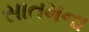
સાતમના